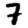
Digit: 7